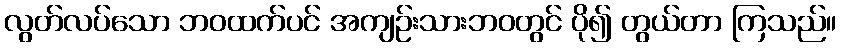
လွတ်လပ်သော ဘဝထက်ပင် အကျဉ်းသားဘဝတွင် ပို၍ တွယ်တာ ကြသည်။